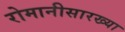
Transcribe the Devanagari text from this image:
रोमानीसारख्या